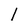
Character: l